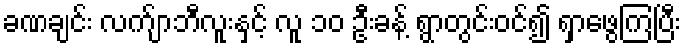
ခဏချင်း လက်ျာဘီလူးနှင့် လူ ၁၀ ဦးခန့် ရွာတွင်းဝင်၍ ရှာဖွေကြပြီး